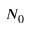
N _ { 0 }